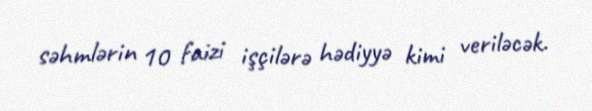
səhmlərin 10 faizi işçilərə hədiyyə kimi veriləcək.